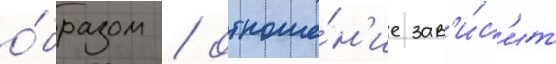
о́бразом / отноше́н'ие зав'и́с'ит